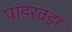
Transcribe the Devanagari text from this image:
पांडरवडा